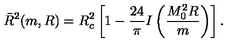
\bar { R } ^ { 2 } ( m , R ) = R _ { c } ^ { 2 } \left[ 1 - \frac { 2 4 } { \pi } I \left( \frac { M _ { 0 } ^ { 2 } R } { m } \right) \right] { . }